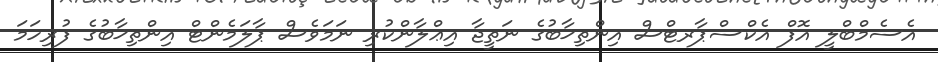
އެސެމްބްލީ އޮފް އެކްސްޕާރޓްސް އިންތިޚާބުގެ ނަތީޖާ އިޢްލާންކުރި ނަމަވެސް ޕާލަމެންޓް އިންތިޚާބުގެ ފުރިހަމަ